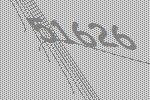
51626